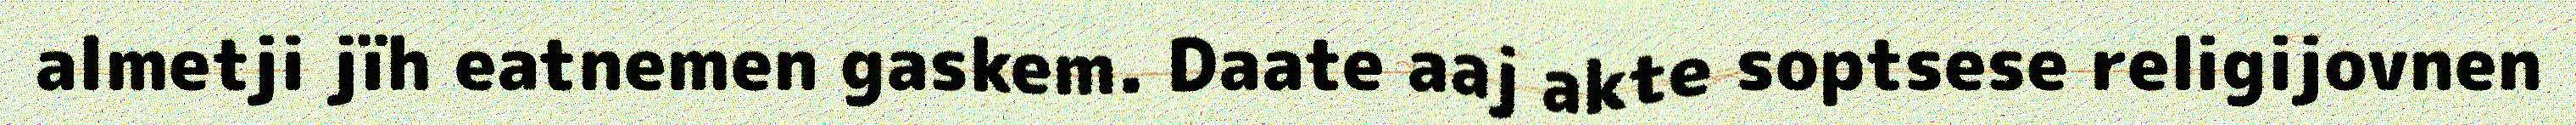
almetji jïh eatnemen gaskem. Daate aaj akte soptsese religijovnen